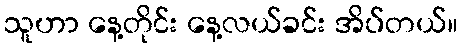
သူဟာ နေ့တိုင်း နေ့လယ်ခင်း အိပ်တယ်။